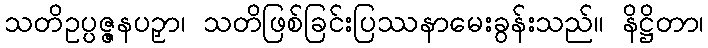
သတိဥပ္ပဇ္ဇနပဉှာ၊ သတိဖြစ်ခြင်းပြဿနာမေးခွန်းသည်။ နိဋ္ဌိတာ၊